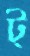
ট্